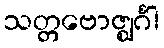
သတ္တဗောဇ္ဈင်္ဂါ